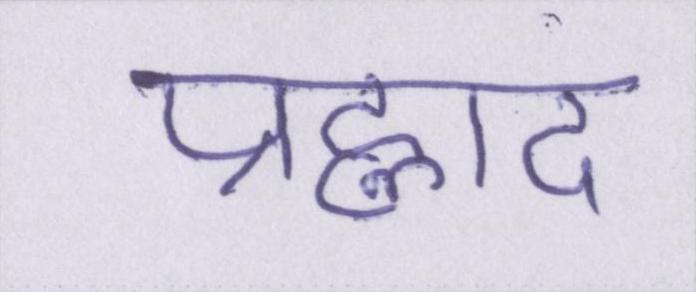
प्रह्लाद